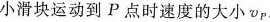
小滑块运动到P点时速度的大小v_{p}